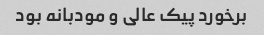
برخورد پیک عالی و مودبانه بود